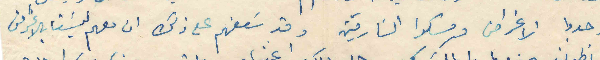
فوجدوا الاغراض ومسكوا السارقين وقدسعفهم على ذلك ان معهم ليستا بالاغراض